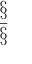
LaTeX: \begin{array} { c } { { \S } } \\ { { \bar { \S } } } \end{array}